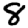
Digit: 8